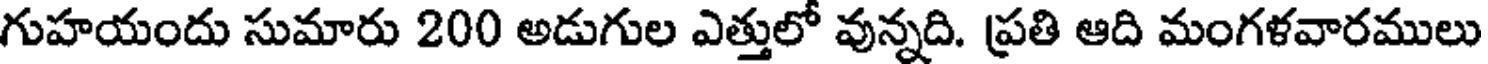
గుహయందు సుమారు 200 అడుగుల ఎత్తులో వున్నది. ప్రతి ఆది మంగళవారములు